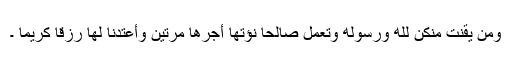
وَمَن يَقْنُتْ مِنكُنَّ لِلَّهِ وَرَسُولِهِ وَتَعْمَلْ صَالِحًا نُّؤْتِهَا أَجْرَهَا مَرَّتَيْنِ وَأَعْتَدْنَا لَهَا رِزْقًا كَرِيمًا ۔